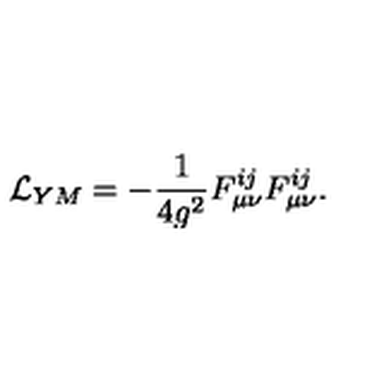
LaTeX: { \cal L } _ { Y M } = - \frac { 1 } { 4 g ^ { 2 } } F _ { \mu \nu } ^ { i j } F _ { \mu \nu } ^ { i j } .